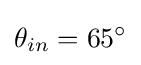
\theta _{in}=65^{\circ }